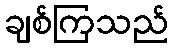
ချစ်ကြသည်